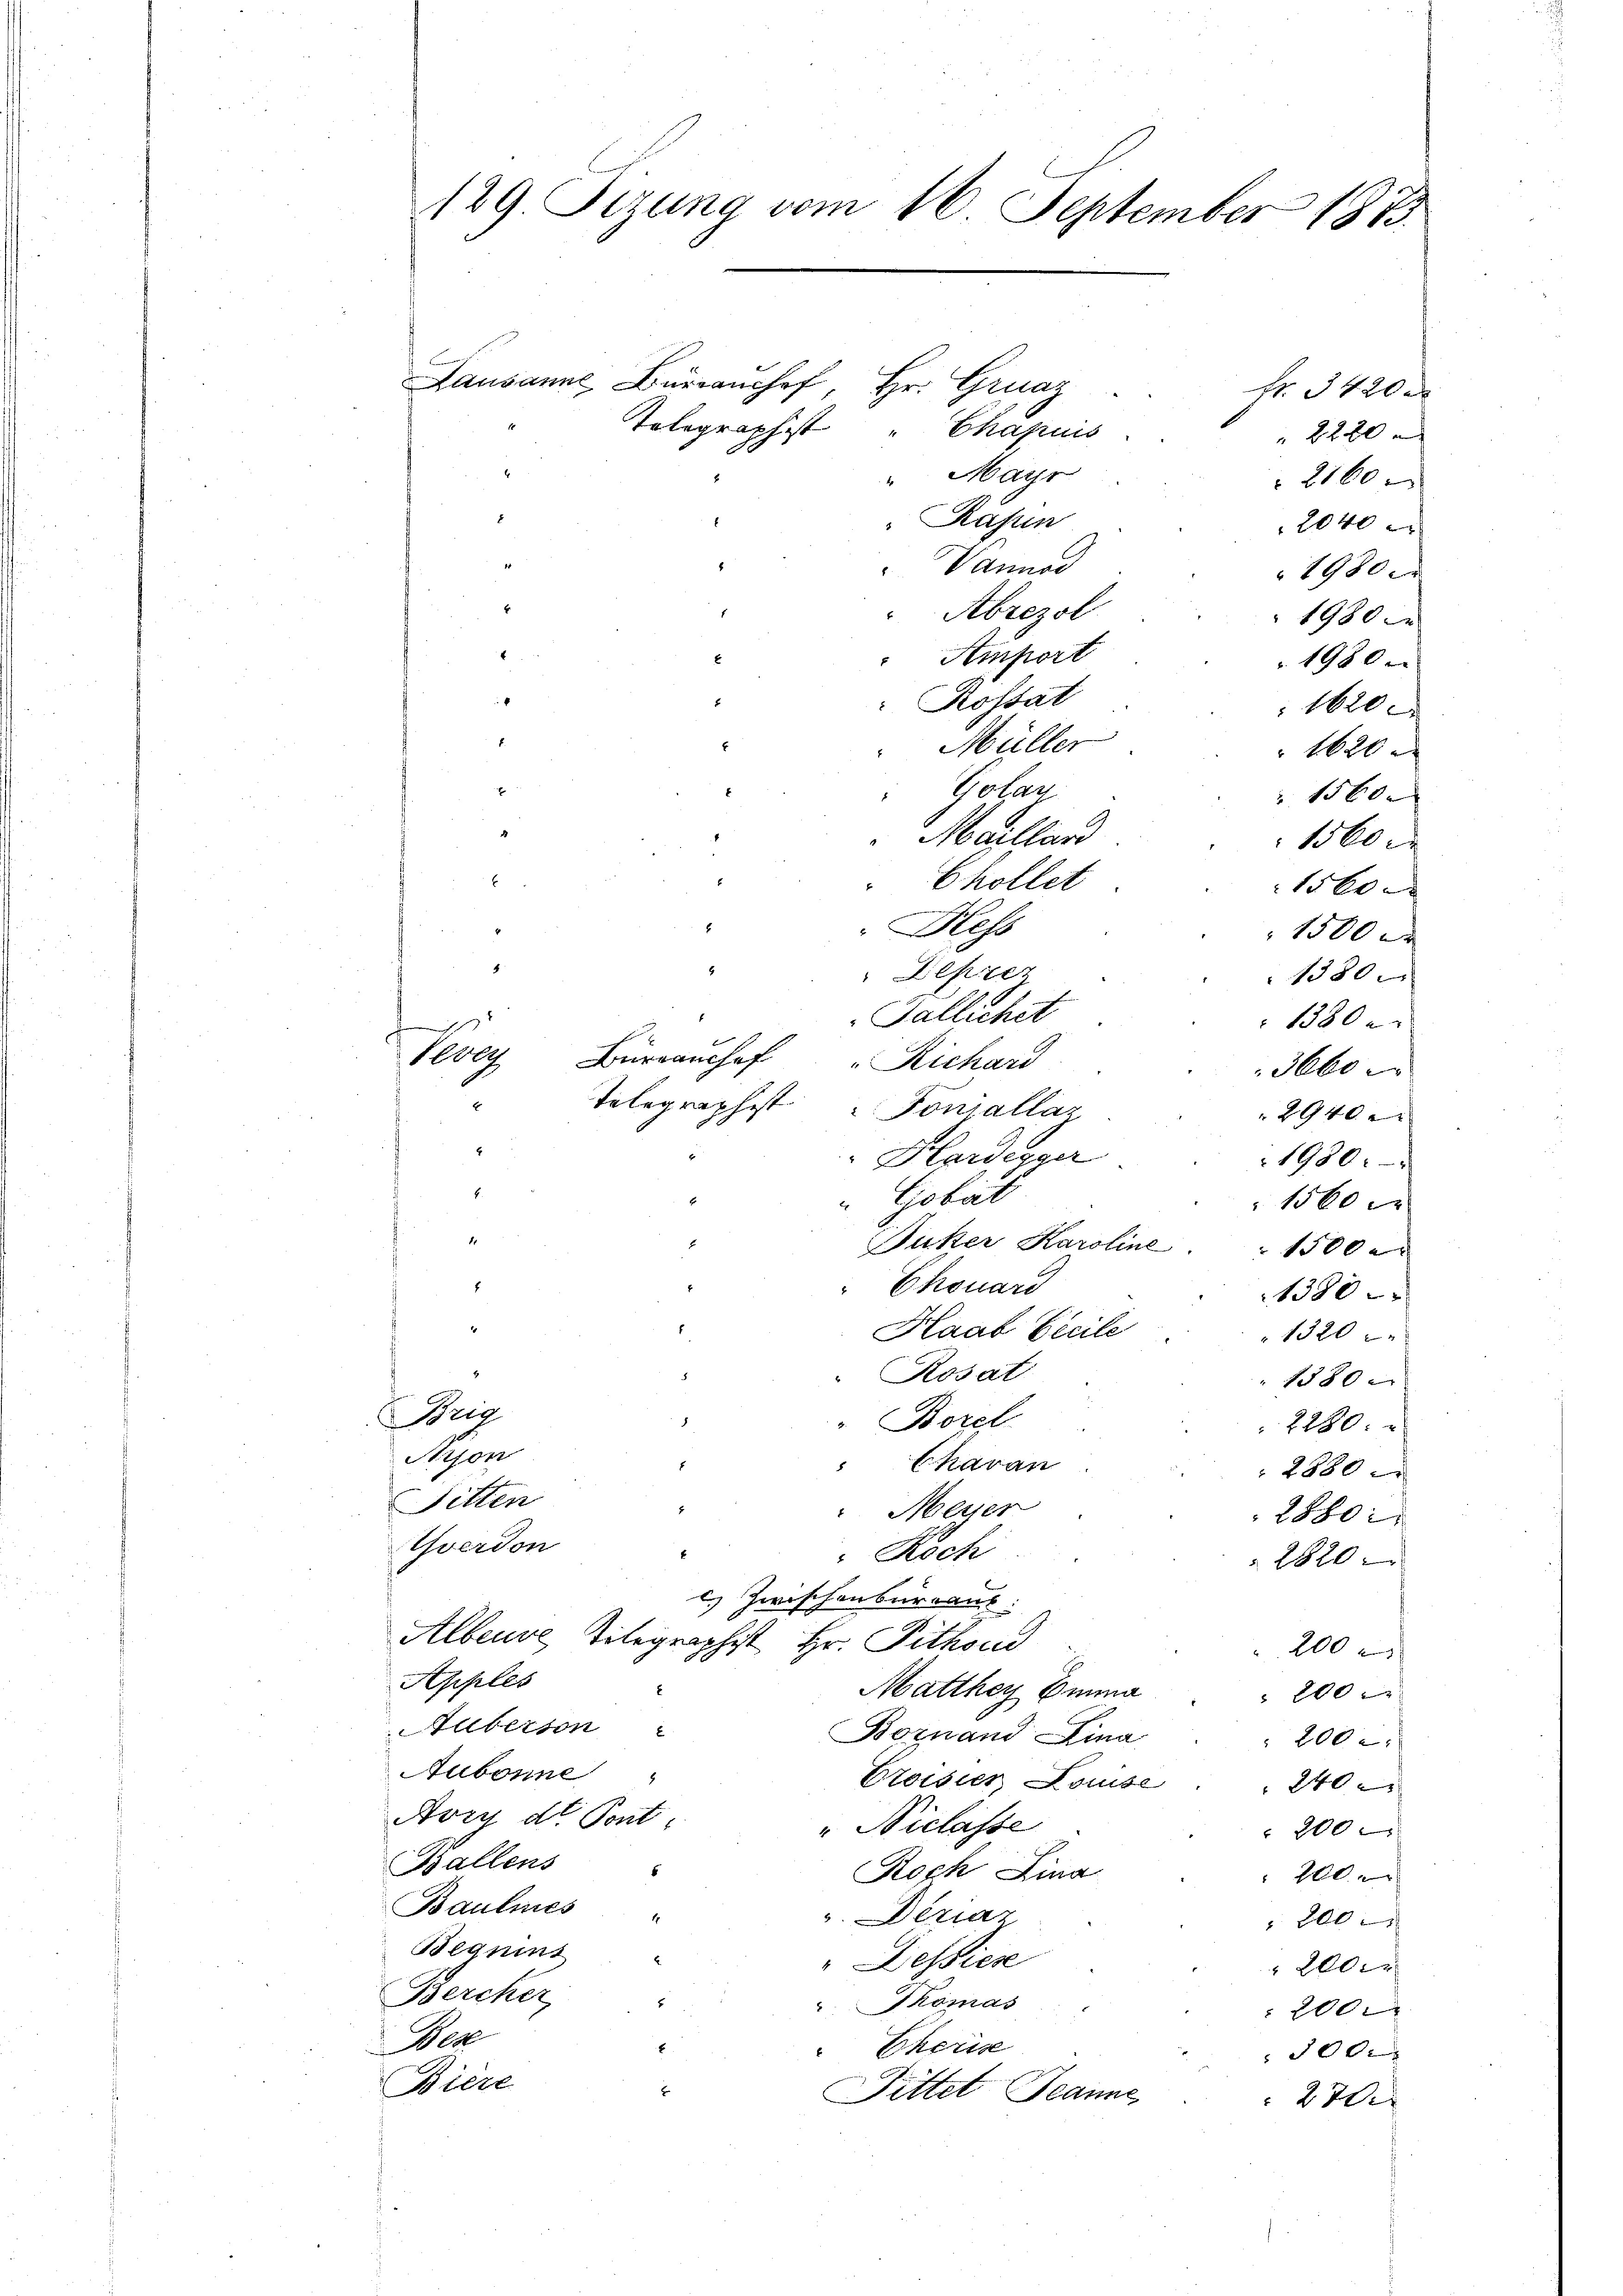
189 Sizung vom 16. September 1873.

Lausanne, Büreaushof, Hr. Graz
Fr. 3420
Tolographist" Chapuis
2270
4
"Mar
 2160
Rasun
2040
Vannod
1980 x
Abrezol
1980

Amport
1980.
Kossat
1620
Müller
 1620 x

Golan
 1560 x
Maillar
1560 c

Chollet
1560
8
Bless
1500 x
8
Deprez
1380.
Gallichet
x
1380
1000
Büreaushof Richard
3660
Telegraphist Foniallaz
2940 x
2
Hlardegger
1980.
Gobät
1560 c
1
Juker Karoline
1500.
Chouari
1380
Haab Beeile
1320
Rosat
1580
Brig
" Borel
2280:
Aison
Chavan
2880
Sitten
Meyer
2880:
Yverdon
" Rech
2820
c.) Zwischenbureaus.
Alberne Titegraphist Hr. Pithous
200
Apples
Matthey Einna
 200
Auberson
Bornand Lina
200 e
Aubonne
Eroisier Louise . . 240 er
Avry d. Pont
" Niclasse
200x
Ballens
Roch Lina
200
Baulines
v. Deriaz
200
Beqnins
" Dessier
 200
Bercher,
"Thomas
 200
Bez
Cheris
3000
Biere
x
Pittet Jeanne
 270.